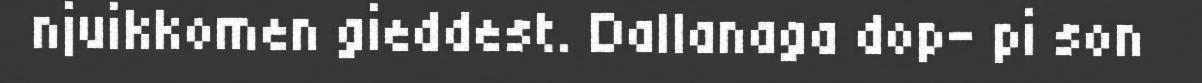
njuikkomen gieddest. Dallanaga dop- pi son